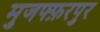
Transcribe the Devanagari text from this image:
मुजफ्फ़रपुर